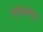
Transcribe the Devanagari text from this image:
तळल्या